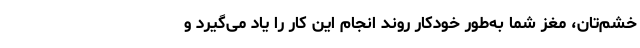
خشم‌تان، مغز شما به‌طور خودکار روند انجام این کار را یاد می‌گیرد و